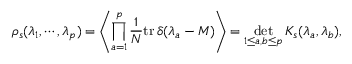
\rho _ { s } ( \lambda _ { 1 } , \cdots , \lambda _ { p } ) = \left\langle \prod _ { a = 1 } ^ { p } \frac { 1 } { N } \mathrm { t r } \, \delta ( \lambda _ { a } - M ) \right\rangle = \operatorname * { d e t } _ { 1 \leq a , b \leq p } K _ { s } ( \lambda _ { a } , \lambda _ { b } ) ,